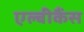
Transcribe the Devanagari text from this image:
एल्बीकैंस